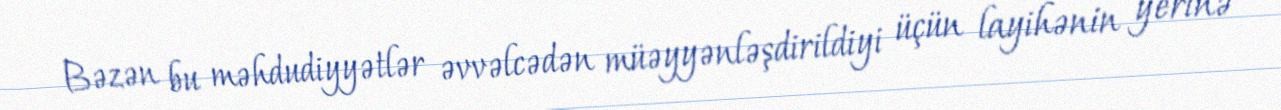
Bəzən bu məhdudiyyətlər əvvəlcədən müəyyənləşdirildiyi üçün layihənin yerinə